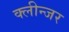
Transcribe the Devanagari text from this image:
क्लीन्जर